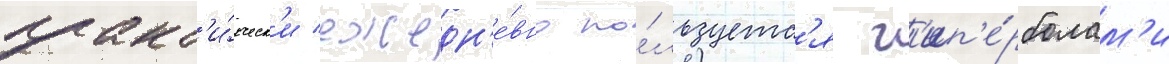
практ'и́ческ'и ежедн'е́вно по́льзуетс'я г'ип'е́рболам'и